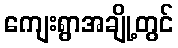
ကျေးရွာအချို့တွင်